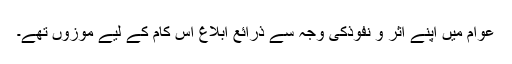
عوام میں اپنے اثر و نفوذکی وجہ سے ذرائع ابلاغ اس کام کے لیے موزوں تھے۔